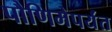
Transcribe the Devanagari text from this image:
पौणिमेपर्यंत